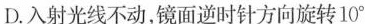
D.入射光线不动，镜面逆时针方向旋转10^{\circ}